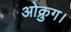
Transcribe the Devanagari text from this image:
ओक्रुग।